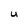
Character: U